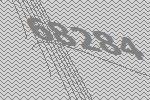
68284